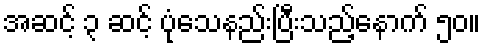
အဆင့် ၃ ဆင့် ပုံသေနည်းပြီးသည့်နောက် ၅၀။